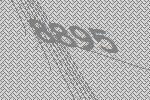
8895